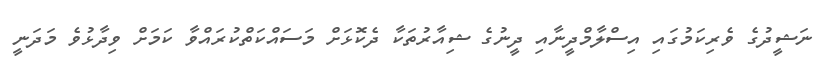
ނަޝީދުގެ ވެރިކަމުގައި އިސްލާމްދީނާއި ދީނުގެ ޝިއާރުތަކާ ދެކޮޅަށް މަސައްކަތްކުރައްވާ ކަމަށް ވިދާޅުވެ މަދަނީ